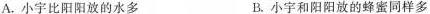
A.小宇比阳阳放的水多 B.小宇和阳阳放的蜂蜜同样多